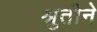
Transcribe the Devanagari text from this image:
श्रुतीने